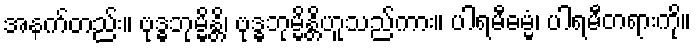
အနက်တည်း။ ဗုဒ္ဓဘုမ္မိန္တိ၊ ဗုဒ္ဓဘုမ္မိန္တိဟူသည်ကား။ ပါရမီဓမ္မံ၊ ပါရမီတရားကို။